Indian journal of veterinary science and animal husbandry - Volumes 28-29, 1958-1959
Year: 1958
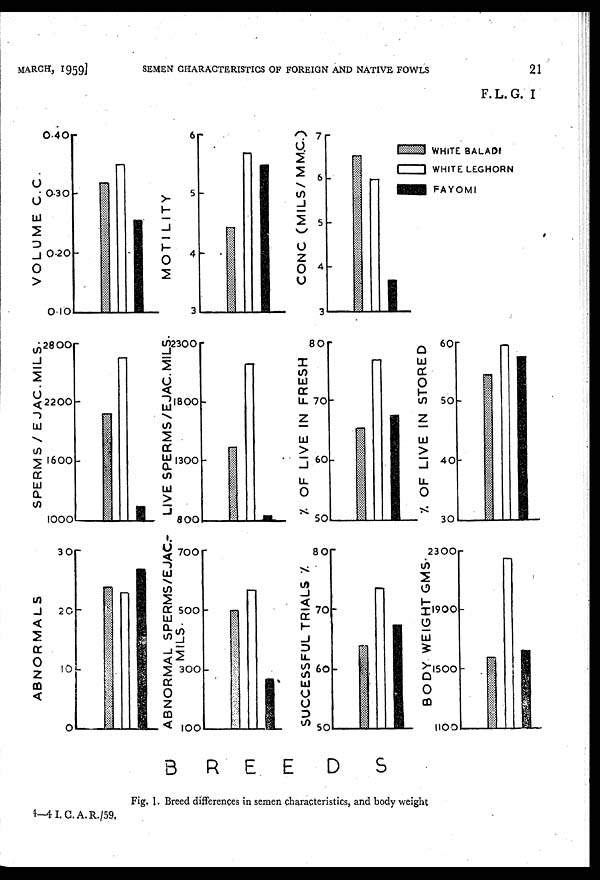
MARCH,
1959]
SEMEN CHARACTERISTICS OF FOREIGN AND NATIVE FOWLS
21
F.L.G. I
Fig. 1. Breed differences in semen characteristics, and body weight
4-4 I.C.A.R./59.